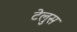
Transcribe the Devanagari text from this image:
टेलुस